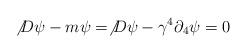
LaTeX: \begin{align*}\not{D}\psi -m\psi=\not{D}\psi -\gamma^{4}\partial_{4}\psi=0 \end{align*}